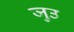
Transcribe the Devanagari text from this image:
जुउ